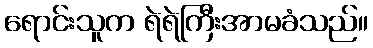
ရောင်းသူက ရဲရဲကြီးအာမခံသည်။